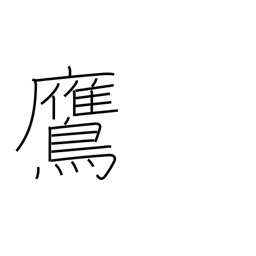
Meaning: hawk